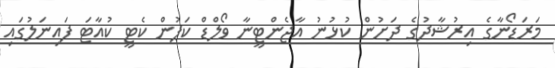
މަރަޑޯނާގެ އިރުޝާދުގެ ދަށުން ކުޅުނު އާޖެންޓީނާ ވޯލްޑް ކަޕުން ކެޓީ ކުއާޓަ ފައިނަލުގައި